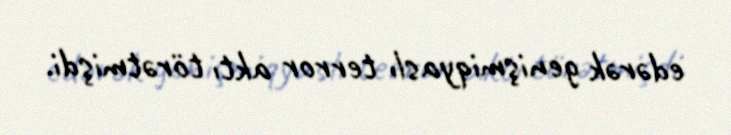
edərək genişmiqyaslı terror aktı törətmişdi.